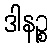
ဒါနဉ္စ